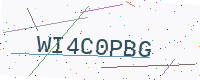
Text: WI4C0PBG